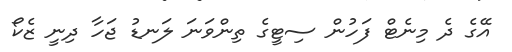
އޭގެ ދެ މިނެޓް ފަހުން ސިޓީގެ ތިންވަނަ ލަނޑު ޖަހާ ދިނީ ޒެކޯ